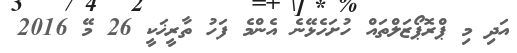
އަދި މި ޕްރޮޕޯޒަލްތައް ހުށަހެޅޭނެ އެންމެ ފަހު ތާރީޚަކީ 26 މޭ 2016